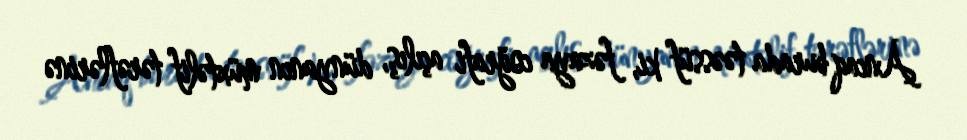
Ancaq burada təəssüf ki, fəzaya coğrafi açılış, dünyanın müxtəlif tərəflərinə